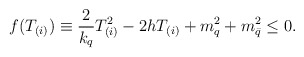
\begin{align*}f(T_{(i)}) \equiv {2 \over k_q}T_{(i)}^2 - 2hT_{(i)}+m_q^2+m_{\bar q}^2 \leq 0.\end{align*}